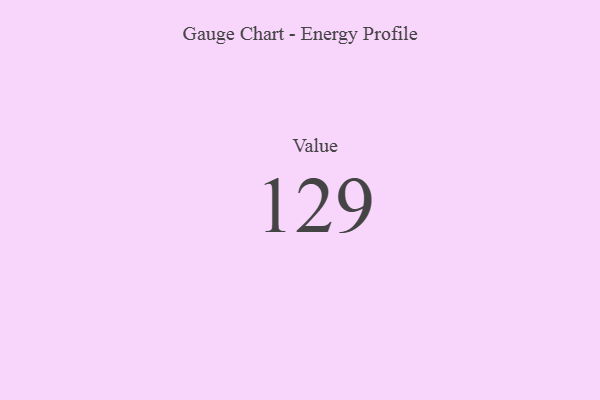
{"axis": {"x": "Metric", "y": "Value"}, "legend": [""], "data": [{"x": "Value", "y": 129, "type": ""}]}